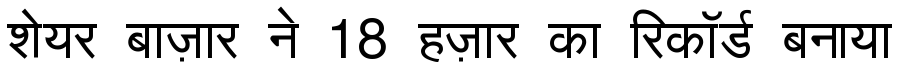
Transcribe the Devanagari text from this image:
शेयर बाज़ार ने 18 हज़ार का रिकॉर्ड बनाया